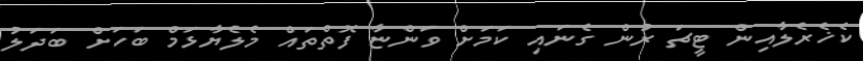
ކެޚެރެލާއިން ޓީޗަ ރުން ގެނައި ކަމަށް ވަންޏާ ފޮތްތައް މެލެޔާޅަމް ބަހަށް ބަދަލު